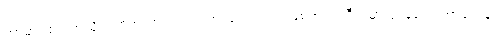
ကာမာဝစရ ကုသိုလ်ကံက ထုတ်လုပ်တာ သက်သက် ဖြစ်တယ်၊ ဒီထဲမှာ ဈာန်တွေ ဘာတွေနဲ့